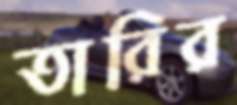
তারির